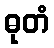
ဓုတံ